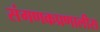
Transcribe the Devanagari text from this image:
संगणकप्रणालीस